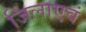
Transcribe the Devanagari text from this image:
जिलाएवं